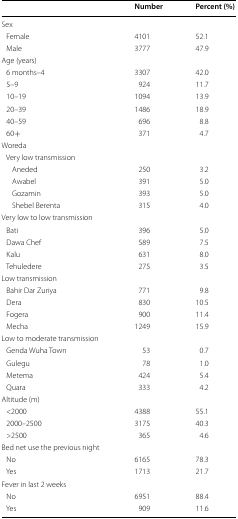
|  | Number | Percent (%) |
 | --- | --- | --- |
 | <COLSPAN=3> Sex |
 | Female | 4101 | 52.1 |
 | Male | 3777 | 47.9 |
 | <COLSPAN=3> Age (years) |
 | 6 months–4 | 3307 | 42.0 |
 | 5–9 | 924 | 11.7 |
 | 10–19 | 1094 | 13.9 |
 | 20–39 | 1486 | 18.9 |
 | 40–59 | 696 | 8.8 |
 | 60+ | 371 | 4.7 |
 | <COLSPAN=3> Woreda |
 | <COLSPAN=3> Very low transmission |
 | Aneded | 250 | 3.2 |
 | Awabel | 391 | 5.0 |
 | Gozamin | 393 | 5.0 |
 | Shebel Berenta | 315 | 4.0 |
 | <COLSPAN=3> Very low to low transmission |
 | Bati | 396 | 5.0 |
 | Dawa Chef | 589 | 7.5 |
 | Kalu | 631 | 8.0 |
 | Tehuledere | 275 | 3.5 |
 | <COLSPAN=3> Low transmission |
 | Bahir Dar Zuriya | 771 | 9.8 |
 | Dera | 830 | 10.5 |
 | Fogera | 900 | 11.4 |
 | Mecha | 1249 | 15.9 |
 | <COLSPAN=3> Low to moderate transmission |
 | Genda Wuha Town | 53 | 0.7 |
 | Gulegu | 78 | 1.0 |
 | Metema | 424 | 5.4 |
 | Quara | 333 | 4.2 |
 | <COLSPAN=3> Altitude (m) |
 | <2000 | 4388 | 55.1 |
 | 2000–2500 | 3175 | 40.3 |
 | >2500 | 365 | 4.6 |
 | <COLSPAN=3> Bed net use the previous night |
 | No | 6165 | 78.3 |
 | Yes | 1713 | 21.7 |
 | <COLSPAN=3> Fever in last 2 weeks |
 | No | 6951 | 88.4 |
 | Yes | 909 | 11.6 |